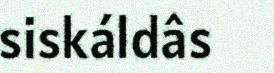
siskáldâs